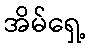
အိမ်ရှေ့